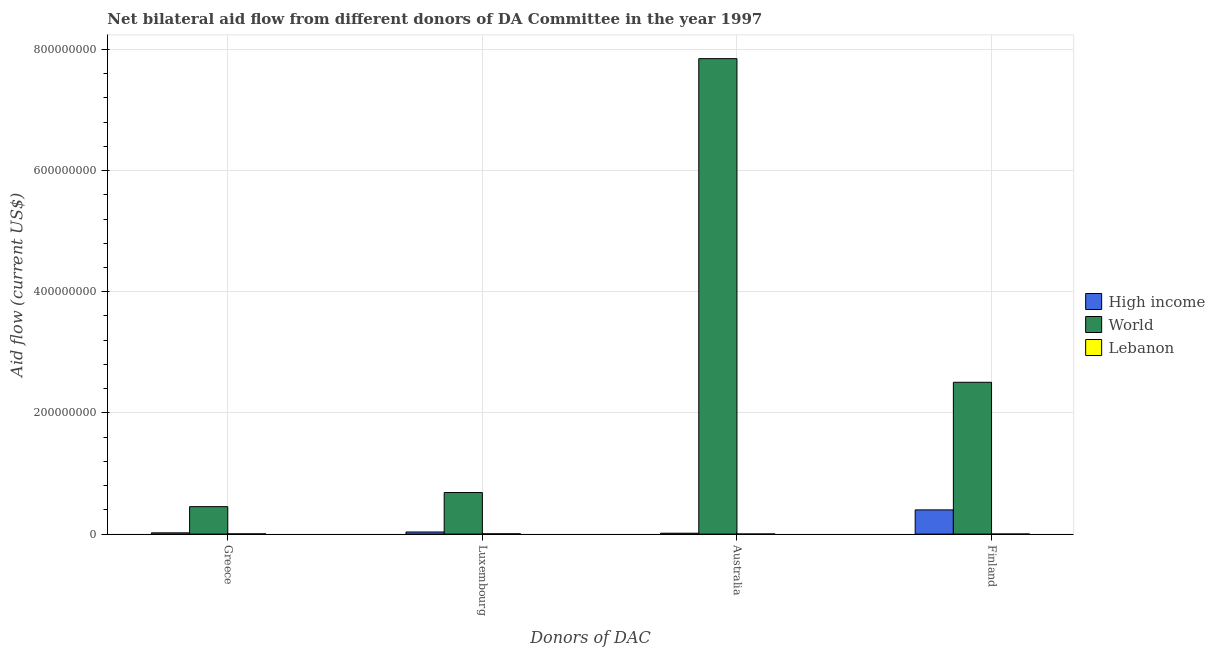
| Donors of DAC | High income | World | Lebanon |
 | --- | --- | --- | --- |
 | Greece | 2.08e+06 | 4.53e+07 | 3.8e+05 |
 | Luxembourg | 3.47e+06 | 6.86e+07 | 4.9e+05 |
 | Australia | 1.48e+06 | 7.85e+08 | 1.5e+05 |
 | Finland | 3.99e+07 | 2.51e+08 | 1e+05 |